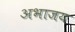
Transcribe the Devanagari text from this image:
अभाजय